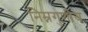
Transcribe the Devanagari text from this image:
निम्नगुणीय